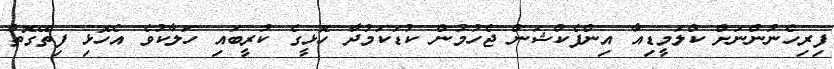
ފިރިހެނުންނަށް ކްލަމީޑިއާ އިންފެކްޝަން ޖެހުމުން ކުޑަކަމުދާ ހޮޅީގެ ކުރީބައި ހަލާކުވެ އެހޮޅި ފިތޭގޮތް